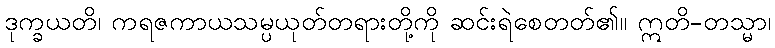
ဒုက္ခယတိ၊ ကရဇကာယသမ္ပယုတ်တရားတို့ကို ဆင်းရဲစေတတ်၏။ ဣတိ-တသ္မာ၊